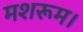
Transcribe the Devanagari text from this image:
मशरूम।